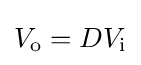
V_{\text{o}}=DV_{\text{i}}